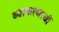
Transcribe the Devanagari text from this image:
व्याकरणाचीं